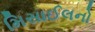
મિસાઈલનો